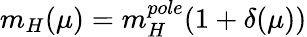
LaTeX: m_{H}(\mu)=m_{H}^{pole}(1+\delta(\mu))